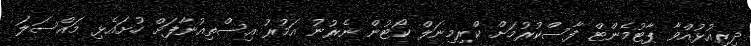
ދިރިއުޅުއްވާ ޕާޓުމެންޓް ފާސްކުރުމަށް ކްރިމިނަލް ކޯޓުން ނެރުނު އަމުރު އިސްތިއުނާފަށް ހުށައެޅި މައްސަލަ